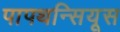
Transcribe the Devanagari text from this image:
पापथन्सियूस